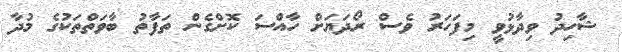
ޝާހިދު ވިދާޅުވީ މިފަހަރު ވެސް ރޯދަޔަށް ހާއްސަ ކޮށްގެން ތަފާތު ބާވަތްތަކުގެ މުދާ